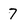
Character: 7